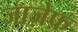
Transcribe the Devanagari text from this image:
जाज़ेफ़